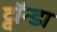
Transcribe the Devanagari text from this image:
ट्वॉन्डा